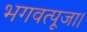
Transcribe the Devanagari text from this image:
भगवत्पूजा।